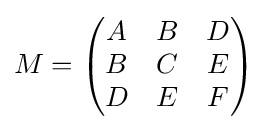
M=\left({\begin{matrix}A&B&D\\B&C&E\\D&E&F\end{matrix}}\right)